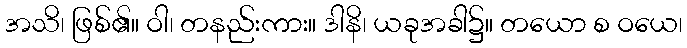
အသိ၊ ဖြစ်၏။ ဝါ၊ တနည်းကား။ ဒါနိ၊ ယခုအခါ၌။ တယော စ ဝယေ၊